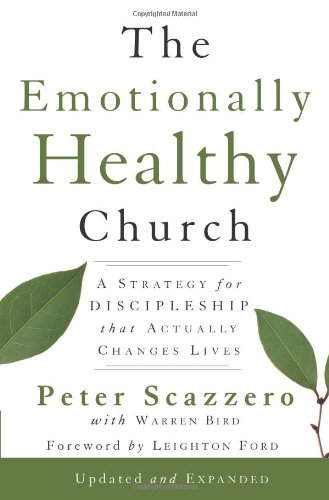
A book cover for The Emotionally Healthy Church, Expanded Edition: A Strategy for Discipleship That Actually Changes Lives; Peter Scazzero; Christian Books & Bibles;